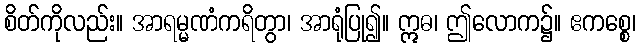
စိတ်ကိုလည်း။ အာရမ္မဏံကရိတွာ၊ အာရုံပြု၍။ ဣဓ၊ ဤလောက၌။ ဧကစ္စေ၊